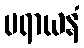
ပရာယနံ